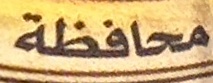
محافظة